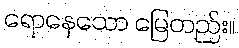
ရောနေသော မြေတည်း။